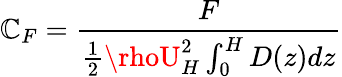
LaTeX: \mathbb{C}_{F}=\frac{{F}}{{\frac{{1}}{{2}}\rhoU_{H}^{2}\int_{0}^{H}D(z)dz}}